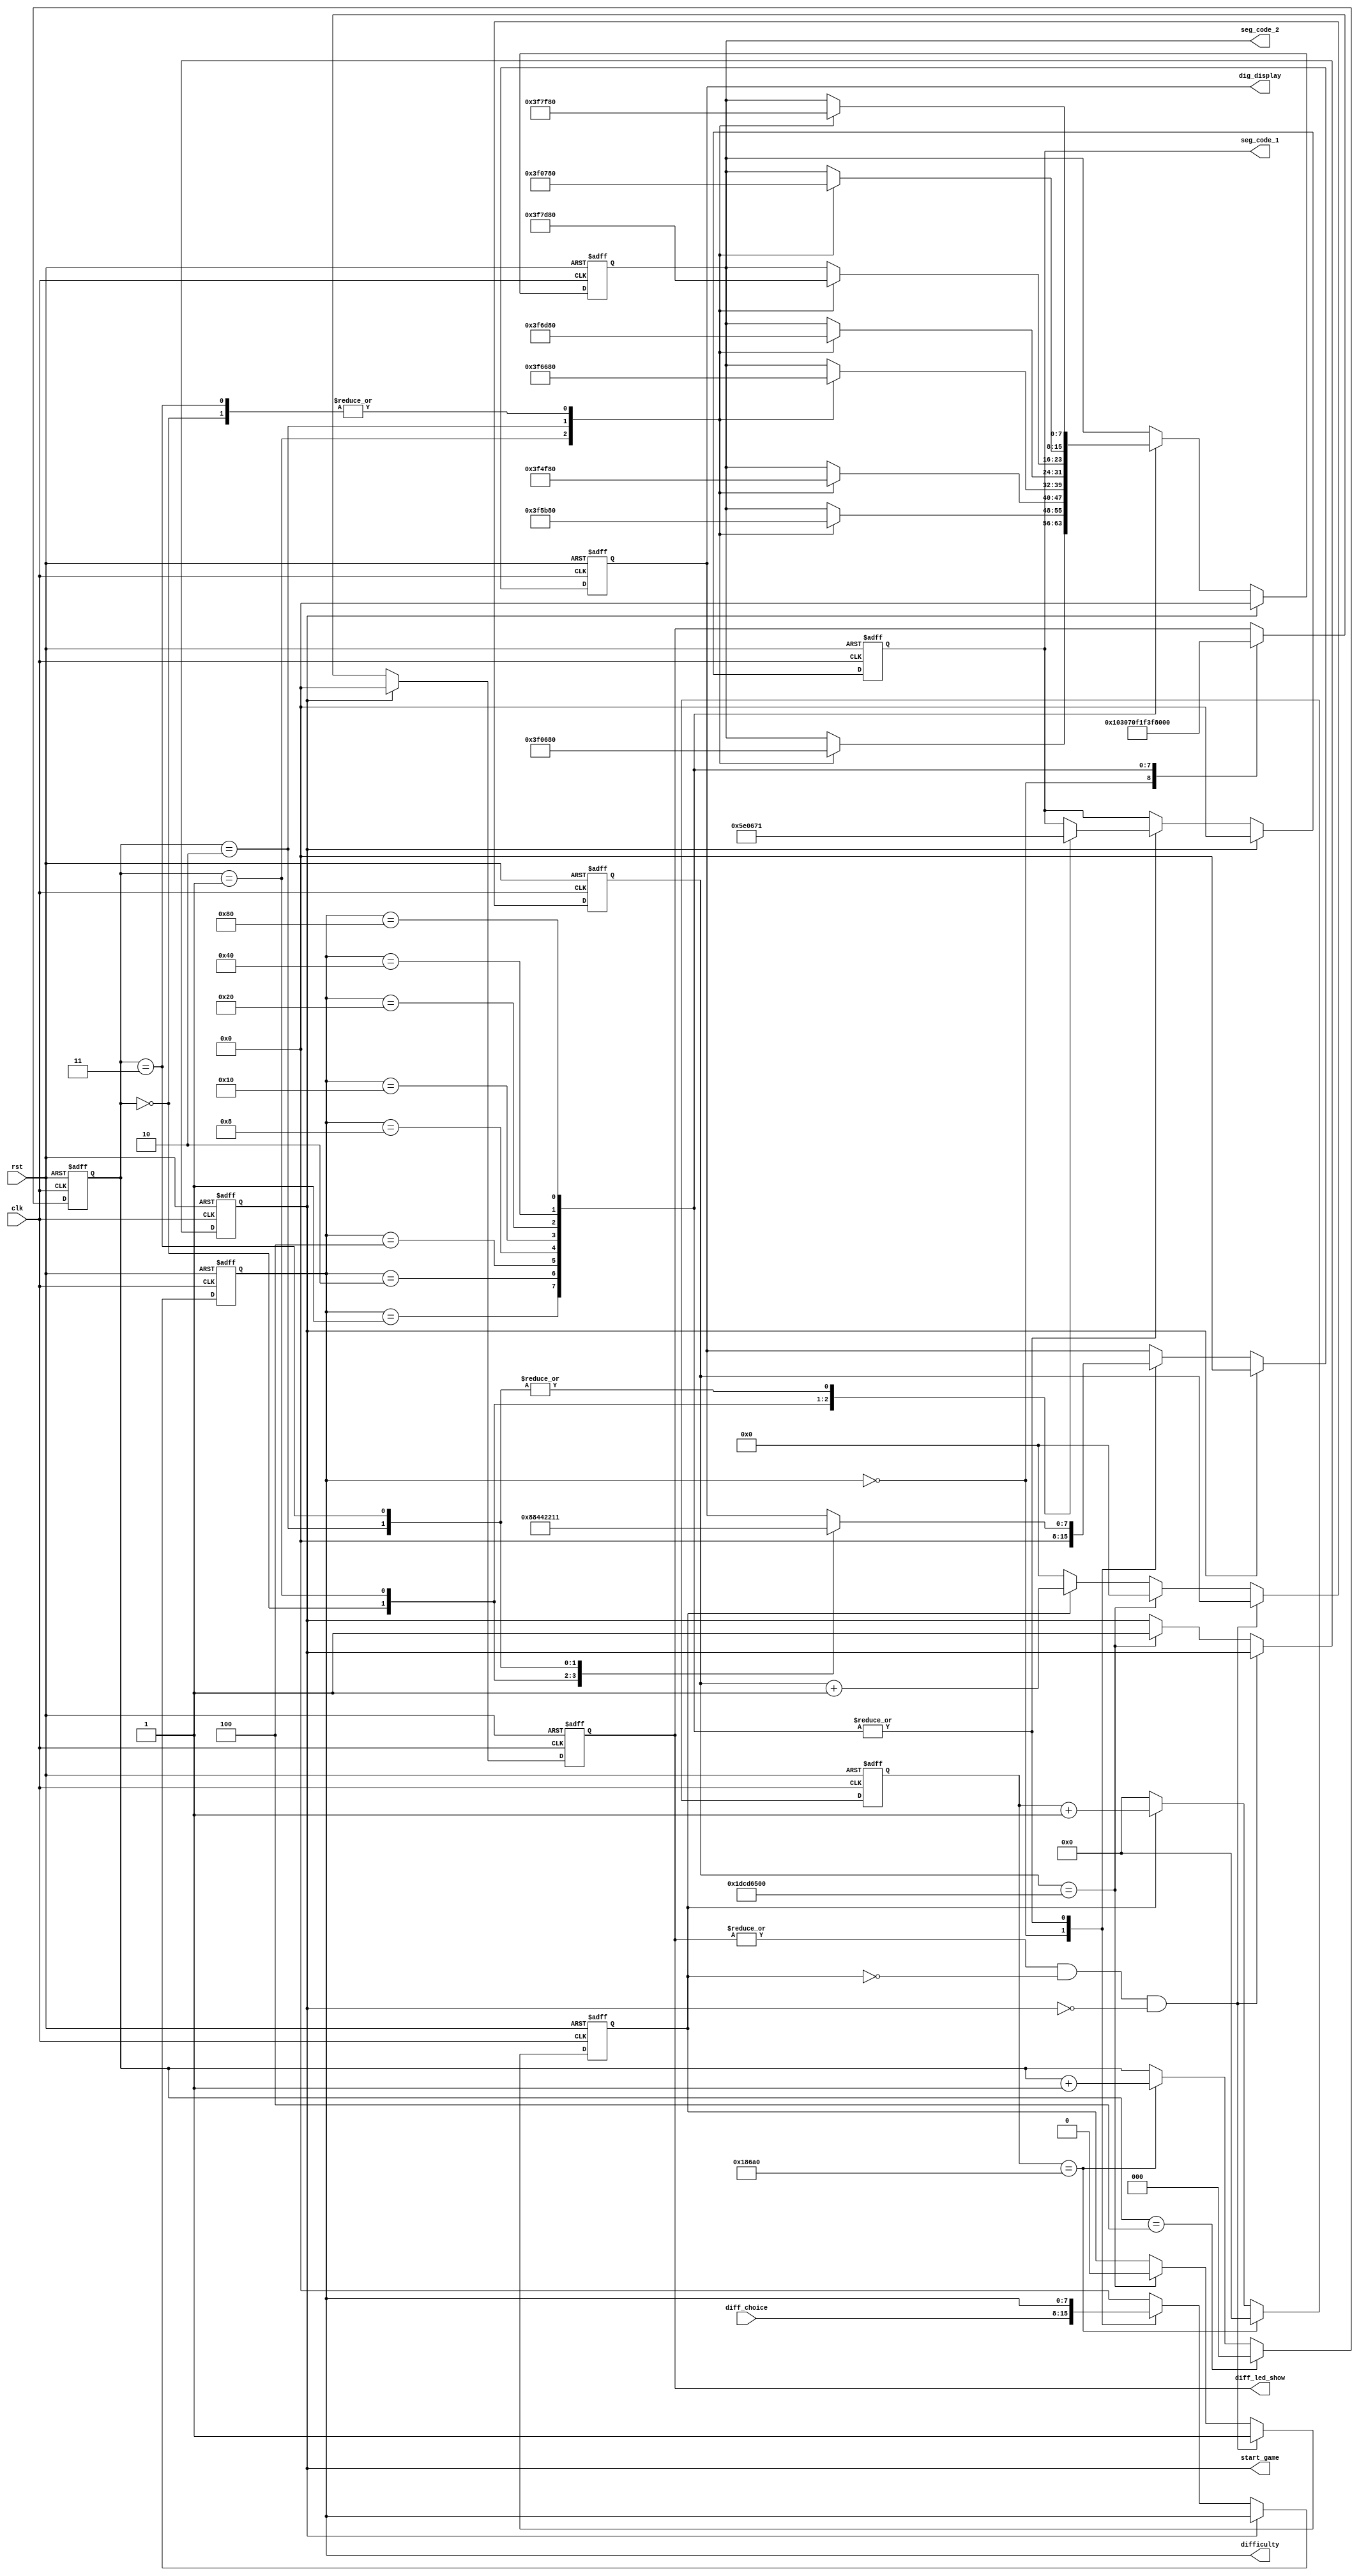
`timescale 1ns / 1ps
//////////////////////////////////////////////////////////////////////////////////
// Company: 
// Engineer: 
// 
// Design Name: 
// Module Name: game_start
// Project Name: 
// Target Devices: 
// Tool Versions: 
// Description: 
// 
// Dependencies: 
// 
// Revision:
// Revision 0.01 - File Created
// Additional Comments:
// 
//////////////////////////////////////////////////////////////////////////////////


module game_start(
	    input clk,
	    input rst,
	    input [7:0] diff_choice,
        output reg [7:0] dig_display,
        output reg [7:0] seg_code_1,
        output reg [7:0] seg_code_2,
        output reg [7:0] diff_led_show,
	    output reg [7:0] difficulty,
        output reg start_game
	    );

        // 0.001s
        parameter T0001S = 17'd100000;
        reg [16:0] cnt_0001;
	    reg cnt_sig;
	    always @( posedge clk or posedge rst )
	        if( rst )
                cnt_0001 <= 17'd0;
	        else if( cnt_0001 == T0001S )
                cnt_0001 <= 17'd0;
	        else if( cnt_sig )
	            cnt_0001 <= cnt_0001 + 17'b1;
	        else
                cnt_0001 <= 17'd0;

        // 5s
        parameter T5S = 30'd500000000;
        reg [29:0] cnt_5;
	    always @( posedge clk or posedge rst )
	        if( rst )
                begin
	                cnt_5 <= 30'd0;
                    cnt_sig <= 1'b0;
                    start_game <= 1'b0;
                end
            else if( |diff_led_show && !cnt_sig && !start_game)
	            cnt_sig <= 1'b1;
	        else if( cnt_5 == T5S )
                begin
	                cnt_5 <= 30'd0;
                    cnt_sig <= 1'b0;
                    start_game <= 1'b1;
                end
	        else if( cnt_sig )
	            cnt_5 <= cnt_5 + 30'b1;
	        else
	            cnt_5 <= 30'd0;

        // 
        reg [2:0] dis_pos;
        always @( posedge clk or posedge rst )
	        if( rst )
	            dis_pos <= 3'd0;
	        else if( dis_pos == 3'd4 )
	            dis_pos <= 3'd0;
	        else if( cnt_0001 == T0001S )
	            dis_pos <= dis_pos + 1'b1;
            else
                dis_pos <= dis_pos;

        parameter _0 = 8'hc0, _1 = 8'hf9, _2 = 8'ha4, _3 = 8'hb0,
	              _4 = 8'h99, _5 = 8'h92, _6 = 8'h82, _7 = 8'hf8,
	              _8 = 8'h80, _d = 8'ha1, _I = 8'hf9, _F = 8'h8e, __ = 8'h7f;

        always @( posedge clk or posedge rst )
	        if( rst )
	            begin
                    difficulty <= 8'b00000000;
                    dig_display <= 8'b00000000;
                    diff_led_show <= 8'b00000000;
                    seg_code_1 <= 8'b00000000;
                    seg_code_2 <= 8'b00000000;
                end
	        else if( !start_game )
	            case( difficulty )
	                8'd0:
	                    begin
	                        difficulty <= diff_choice;
                            diff_led_show <= 8'b00000000;
                            dig_display <= 8'b00000000;
	                    end
	                8'd1:
	                    begin
                            diff_led_show <= 8'b00000001;
                            case( dis_pos )
                                3'd0:begin seg_code_1 <= ~_d; seg_code_2 <= ~__; dig_display <= 8'b10001000; end
                                3'd1:begin seg_code_1 <= ~_I; seg_code_2 <= ~_0; dig_display <= 8'b01000100; end
                                3'd2:begin seg_code_1 <= ~_F; seg_code_2 <= ~_1; dig_display <= 8'b00100010; end
                                3'd3:begin seg_code_1 <= ~_F; seg_code_2 <= ~__; dig_display <= 8'b00010001; end
                            endcase
	                    end
                    8'd2:
                    	begin
                            diff_led_show <= 8'b00000011;
                            case( dis_pos )
                                3'd0:begin seg_code_1 <= ~_d; seg_code_2 <= ~__; dig_display <= 8'b10001000; end
                                3'd1:begin seg_code_1 <= ~_I; seg_code_2 <= ~_0; dig_display <= 8'b01000100; end
                                3'd2:begin seg_code_1 <= ~_F; seg_code_2 <= ~_2; dig_display <= 8'b00100010; end
                                3'd3:begin seg_code_1 <= ~_F; seg_code_2 <= ~__; dig_display <= 8'b00010001; end
                            endcase
	                    end
                    8'd4:
	                    begin
                            diff_led_show <= 8'b00000111;
                            case( dis_pos )
                                3'd0:begin seg_code_1 <= ~_d; seg_code_2 <= ~__; dig_display <= 8'b10001000; end
                                3'd1:begin seg_code_1 <= ~_I; seg_code_2 <= ~_0; dig_display <= 8'b01000100; end
                                3'd2:begin seg_code_1 <= ~_F; seg_code_2 <= ~_3; dig_display <= 8'b00100010; end
                                3'd3:begin seg_code_1 <= ~_F; seg_code_2 <= ~__; dig_display <= 8'b00010001; end
                            endcase
	                    end
                    8'd8:
	                    begin
                            diff_led_show <= 8'b00001111;
                            case( dis_pos )
                                3'd0:begin seg_code_1 <= ~_d; seg_code_2 <= ~__; dig_display <= 8'b10001000; end
                                3'd1:begin seg_code_1 <= ~_I; seg_code_2 <= ~_0; dig_display <= 8'b01000100; end
                                3'd2:begin seg_code_1 <= ~_F; seg_code_2 <= ~_4; dig_display <= 8'b00100010; end
                                3'd3:begin seg_code_1 <= ~_F; seg_code_2 <= ~__; dig_display <= 8'b00010001; end
                            endcase
	                    end
                    8'd16:
	                    begin
                            diff_led_show <= 8'b00011111;
                            case( dis_pos )
                                3'd0:begin seg_code_1 <= ~_d; seg_code_2 <= ~__; dig_display <= 8'b10001000; end
                                3'd1:begin seg_code_1 <= ~_I; seg_code_2 <= ~_0; dig_display <= 8'b01000100; end
                                3'd2:begin seg_code_1 <= ~_F; seg_code_2 <= ~_5; dig_display <= 8'b00100010; end
                                3'd3:begin seg_code_1 <= ~_F; seg_code_2 <= ~__; dig_display <= 8'b00010001; end
                            endcase
	                    end
                    8'd32:
	                    begin
                            diff_led_show <= 8'b00111111;
                            case( dis_pos )
                                3'd0:begin seg_code_1 <= ~_d; seg_code_2 <= ~__; dig_display <= 8'b10001000; end
                                3'd1:begin seg_code_1 <= ~_I; seg_code_2 <= ~_0; dig_display <= 8'b01000100; end
                                3'd2:begin seg_code_1 <= ~_F; seg_code_2 <= ~_6; dig_display <= 8'b00100010; end
                                3'd3:begin seg_code_1 <= ~_F; seg_code_2 <= ~__; dig_display <= 8'b00010001; end
                            endcase
	                    end
                    8'd64:
	                    begin
                            diff_led_show <= 8'b01111111;
                            case( dis_pos )
                                3'd0:begin seg_code_1 <= ~_d; seg_code_2 <= ~__; dig_display <= 8'b10001000; end
                                3'd1:begin seg_code_1 <= ~_I; seg_code_2 <= ~_0; dig_display <= 8'b01000100; end
                                3'd2:begin seg_code_1 <= ~_F; seg_code_2 <= ~_7; dig_display <= 8'b00100010; end
                                3'd3:begin seg_code_1 <= ~_F; seg_code_2 <= ~__; dig_display <= 8'b00010001; end
                            endcase
	                    end
                    8'd128:
	                    begin
                            diff_led_show <= 8'b11111111;
                            case( dis_pos )
                                3'd0:begin seg_code_1 <= ~_d; seg_code_2 <= ~__; dig_display <= 8'b10001000; end
                                3'd1:begin seg_code_1 <= ~_I; seg_code_2 <= ~_0; dig_display <= 8'b01000100; end
                                3'd2:begin seg_code_1 <= ~_F; seg_code_2 <= ~_8; dig_display <= 8'b00100010; end
                                3'd3:begin seg_code_1 <= ~_F; seg_code_2 <= ~__; dig_display <= 8'b00010001; end
                            endcase
	                    end
                    default:
	                    difficulty <= 8'h00;
	            endcase
	        else
	            begin
                    dig_display <= 8'b00000000;
                    diff_led_show <= 8'b00000000;
                    seg_code_1 <= 8'b00000000;
                    seg_code_2 <= 8'b00000000;
                end
endmodule